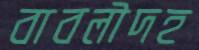
বাবলীদহ